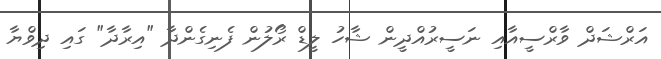
އަރްޝަދް ވާރްސީއާއި ނަސީރުއްދީން ޝާހު ލީޑް ރޯލުން ފެނިގެންދާ "އިރާދާ" ގައި ދިވްޔާ